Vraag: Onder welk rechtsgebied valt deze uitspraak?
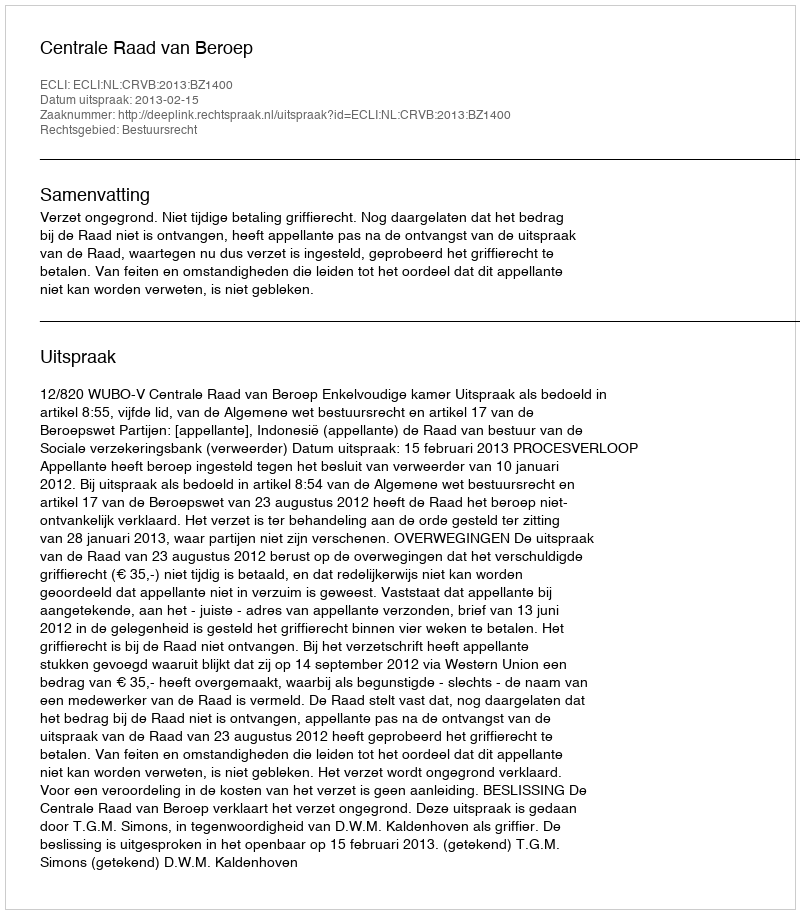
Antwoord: Bestuursrecht